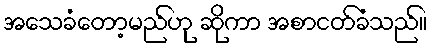
အသေခံတော့မည်ဟု ဆိုကာ အစာငတ်ခံသည်။